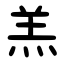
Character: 羔